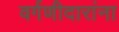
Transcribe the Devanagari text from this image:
वर्गणीदारांना